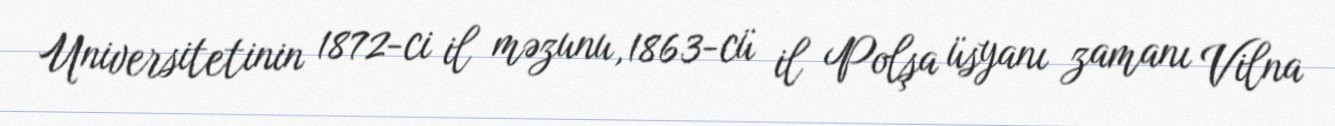
Universitetinin 1872-ci il məzunu, 1863-cü il Polşa üsyanı zamanı Vilna